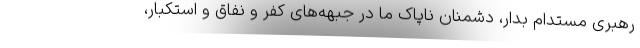
رهبری مستدام بدار، دشمنان ناپاک ما در جبهه‌های کفر و نفاق و استکبار،